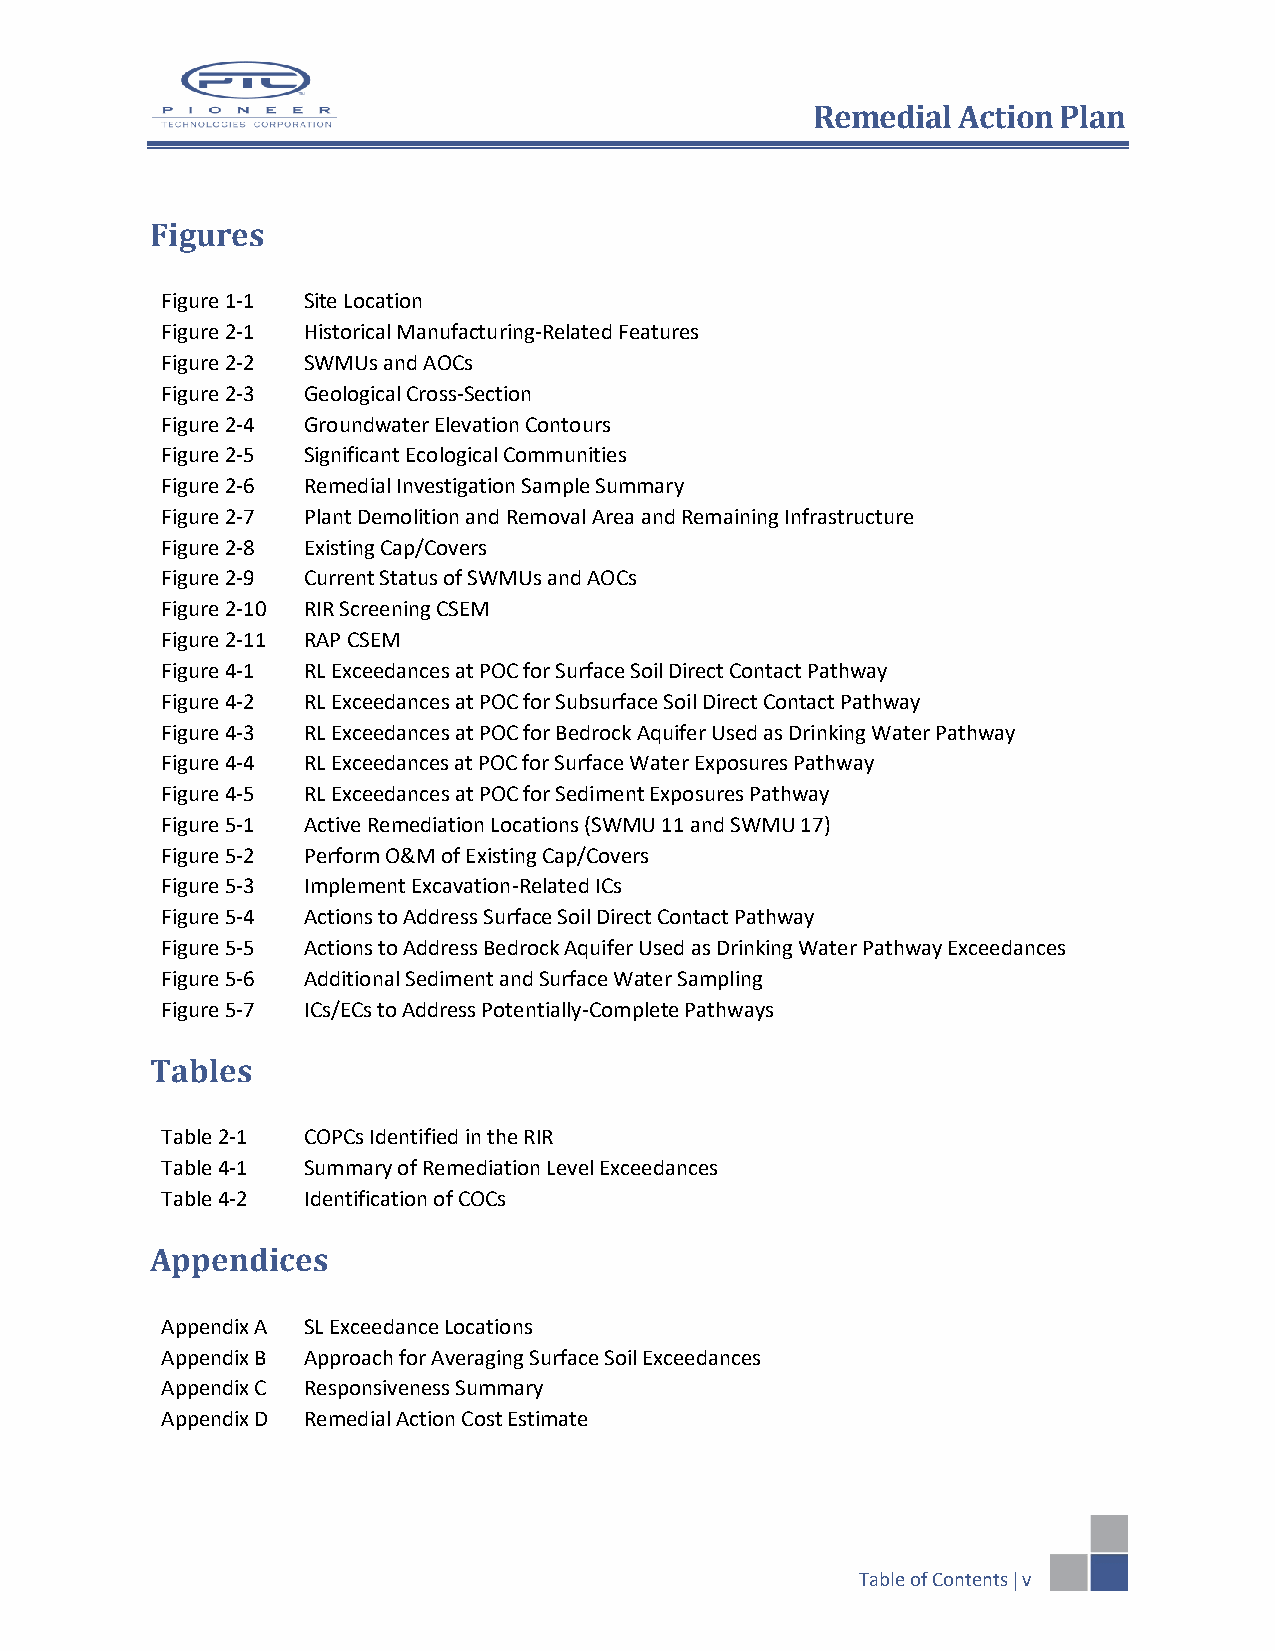
RReemmeeddiiaall AAccttiioonn PPllaann
 Figures
 Figure 1-1 Site Location
 Figure 2-1 Historical Manufacturing-Related Features
 Figure 2-2 SWMUs and AOCs
 Figure 2-3 Geological Cross-Section
 Figure 2-4 Groundwater Elevation Contours
 Figure 2-5 Significant Ecological Communities
 Figure 2-6 Remedial Investigation Sample Summary
 Figure 2-7 Plant Demolition and Removal Area and Remaining Infrastructure
 Figure 2-8 Existing Cap/Covers
 Figure 2-9 Current Status of SWMUs and AOCs
 Figure 2-10 RIR Screening CSEM
 Figure 2-11 RAP CSEM
 Figure 4-1 RL Exceedances at POC for Surface Soil Direct Contact Pathway
 Figure 4-2 RL Exceedances at POC for Subsurface Soil Direct Contact Pathway
 Figure 4-3 RL Exceedances at POC for Bedrock Aquifer Used as Drinking Water Pathway
 Figure 4-4 RL Exceedances at POC for Surface Water Exposures Pathway
 Figure 4-5 RL Exceedances at POC for Sediment Exposures Pathway
 Figure 5-1 Active Remediation Locations (SWMU 11 and SWMU 17)
 Figure 5-2 Perform O&M of Existing Cap/Covers
 Figure 5-3 Implement Excavation-Related ICs
 Figure 5-4 Actions to Address Surface Soil Direct Contact Pathway
 Figure 5-5 Actions to Address Bedrock Aquifer Used as Drinking Water Pathway Exceedances
 Figure 5-6 Additional Sediment and Surface Water Sampling
 Figure 5-7 ICs/ECs to Address Potentially-Complete Pathways
 Tables
 Table 2-1 COPCs Identified in the RIR
 Table 4-1 Summary of Remediation Level Exceedances
 Table 4-2 Identification of COCs
 Appendices
 Appendix A SL Exceedance Locations
 Appendix B Approach for Averaging Surface Soil Exceedances
 Appendix C Responsiveness Summary
 Appendix D Remedial Action Cost Estimate
 Table of Contents  v